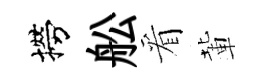
撈舩看輩